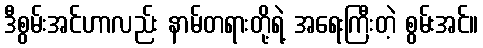
ဒီစွမ်းအင်ဟာလည်း နာမ်တရားတို့ရဲ့ အရေးကြီးတဲ့ စွမ်းအင်။